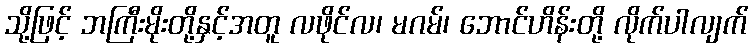
သို့ဖြင့် ဘကြီးမိုးတို့နှင့်အတူ လဖိုင်လ၊ မဂမ်၊ ဘောင်ဟိန်းတို့ လိုက်ပါလျက်